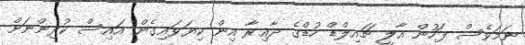
ނަމަވެސް ފަހުން އާލީ ޗައިލްޑް ހުޑްގެ ދާއިރާ އިން ކިޔަވައިގެން އައިސް ކުދިންނަށް